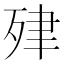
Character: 肂